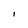
Character: l